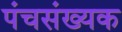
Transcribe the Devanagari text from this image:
पंचसंख्यक